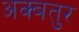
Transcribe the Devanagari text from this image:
अक्बतुर